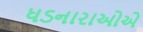
ધડનારાઓએ